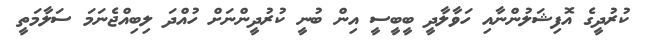
ކުރުދީގެ އޮފިޝަލުންނާއި ހަވާލާދީ ބީބީސީ އިން ބުނީ ކުރުދީންނަށް ހުއްދަ ލިބިއްޖެނަމަ ސަލާމަތީ